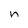
Character: n